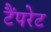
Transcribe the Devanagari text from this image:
टैंपरेट